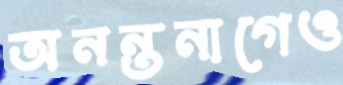
অনন্তনাগেও